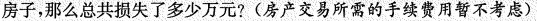
房子，那么总共损失了多少万元?(房产交易所需的手续费用暂不考虑)